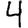
Digit: 4